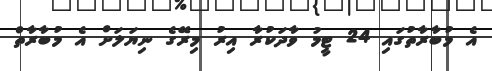
އެ މުބާރާތުގައި 24 ޓީމު ވާދަކުރާ އިރު މިރޭގެ ނިޔަލަށް އެ މުބާރާތް